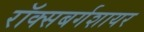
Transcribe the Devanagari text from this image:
रॉक्सबर्गशायर